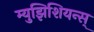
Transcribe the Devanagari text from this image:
म्युझिशियन्स्